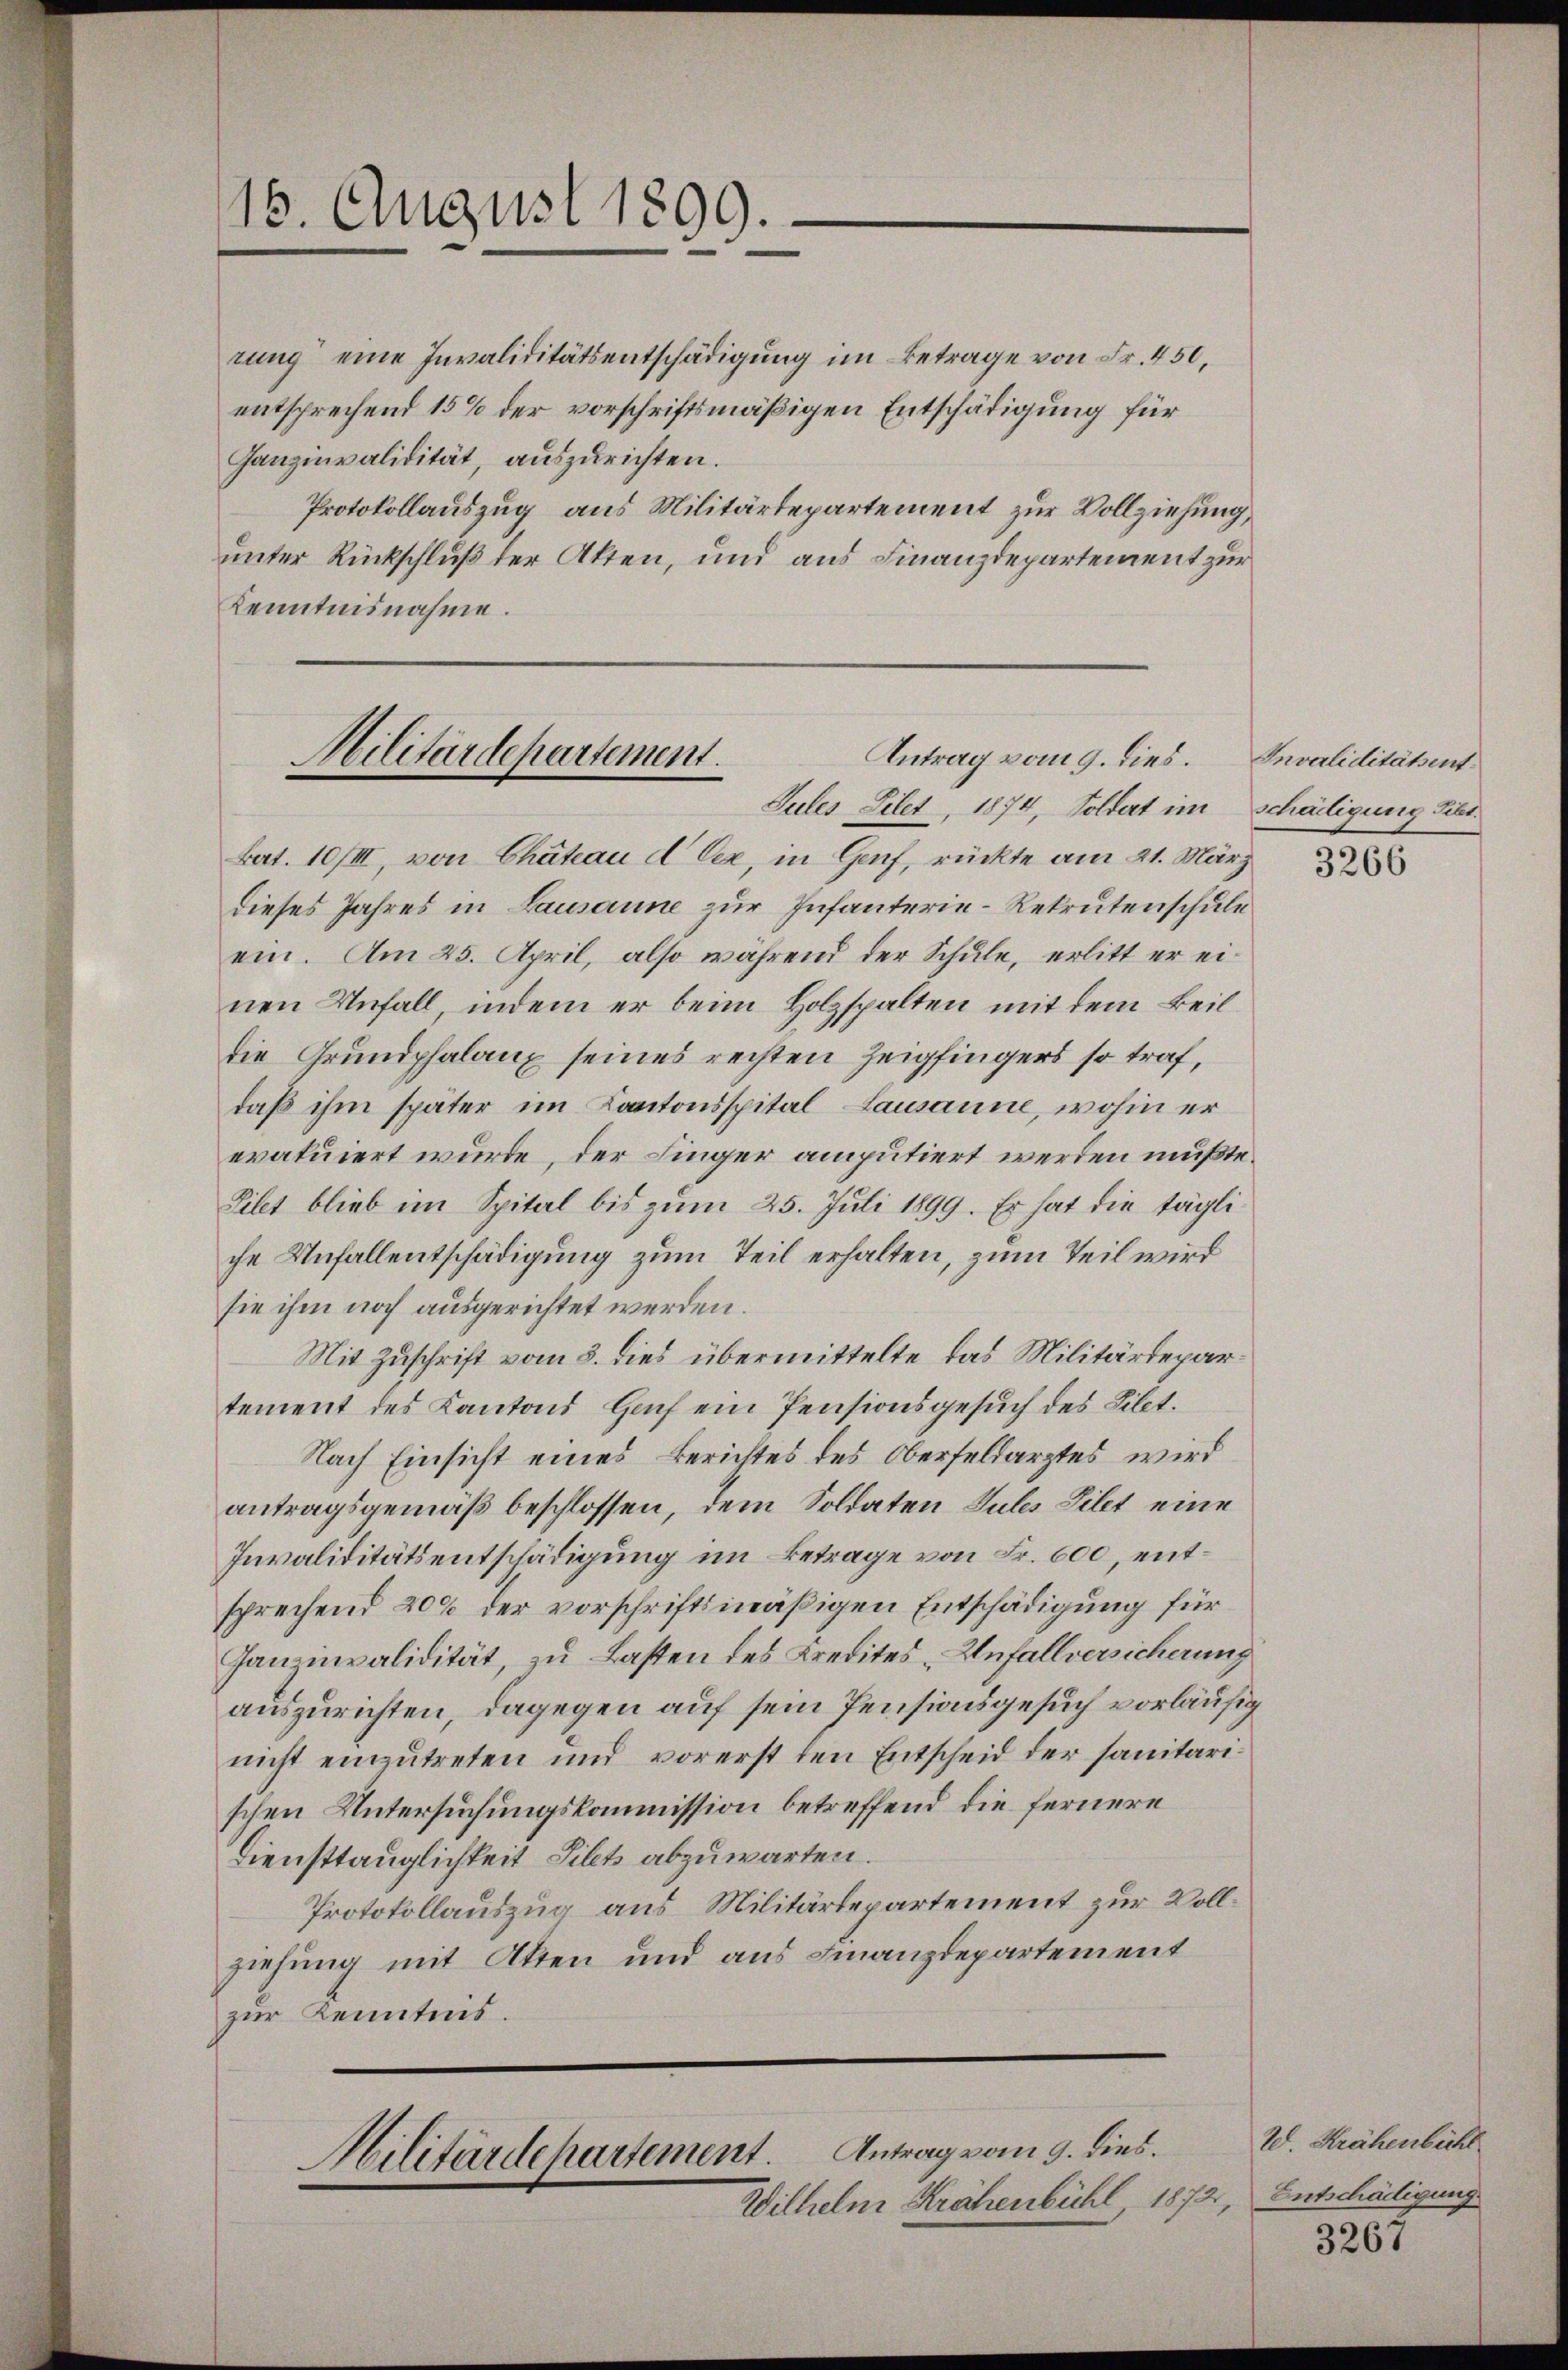
18. August 1899.

entsprechend 15% der vorschriftsmäßigen Entschädigung für
Ganzinvalidität, auszurichten.
Protokollauszug aus Militärtepartement zur Vollziehung,
unter Rückschluß der Akten, und aus Finanzdepartement zur
Kenntnisnahme.

rung eine Invaliditätsentschädigung im Betrage von Fr. 450,

Antrag vom 9. dies.
Militärdepartement.
Sules Dilet, 1874, Soldert im Schädigung Fett.

Bat. 10/III, von Chateau d Gex, in Genf, rückte am 21. März
dieses Jahres in Lausanne zur Infanterie-Rekrutenschule
ein. Am 25. April, also während der Schule, erlitt er einen Unfall, indem er beim Holzspalten mit dem Beildie Grundphalaux seines rechten Zeigfingers so traf,
daß ihm später im Kantonsspital, Lausanne, wohin er
eratuiert wurde, der Finger amputiert werden müßte.
Dilet blieb im Spital bis zum 25. Juli 1899. Er hat die tägliche Unfallentschädigung zum Teil erhalten, zum Teil wird
sie ihm noch ausgerichtet werden.
Mit Zuschrift vom 8. dies übermittelte das Militärdepartement des Kantons Hof ein Pensionsgesuch des Libet.
Nach Einsicht eines Berichtes des Oberfeldarztes wird
antragsgemäß beschlossen, dem Soldaten Sules Dilet eine
Invaliditätsentschädigung im Betrage von Fr. 600, entsprechend 209 der vorschriftsmäßigen Entschädigung für
Ganzinvalidität, zu Lasten des Kredites „Unfallversicherung
auszurichten, dagegen auf sein Pensionsgesuch vorläufig
nicht einzutreten und vorerst den Entscheid der sanitarischen Untersuchungskommission betreffend die fernere
Diensttauglichkeit Silets abzuwarten.
Protokollauszug aus Militärdepartement zur Vollziehung mit Akten und aus Finanzdepartement
zur Kenntnis.

Militärdepartement. Antrag vom 9. dies.
Wilhelm Krähenbühl 1872, Entschädigung

Invaliditätent.

3266

W. Krähenbichl

3267